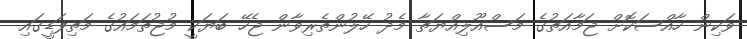
ވަކިން ހާއްސަކޮށް ޖަމާއަތުގެ މަސްއޫލިއްޔަތާ މެދު ހޭލުންތެރިވާން ޖެހޭ ބަޔަކީ މުޖުތަމައުގެ މަތިފަޑީގައި